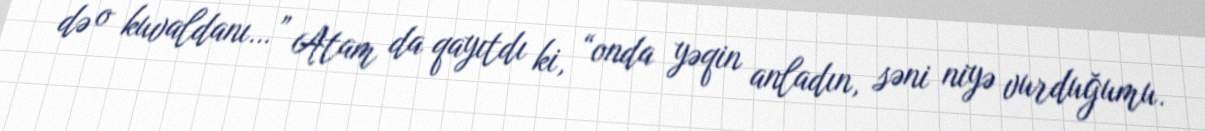
də o kuvaldanı…” Atam da qayıtdı ki, “onda yəqin anladın, səni niyə vurduğumu.